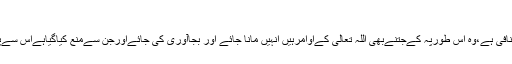
7- قبول:
جوکہ ردکےمنافی ہے،وہ اس طورپہ کےجتنےبھی اللہ تعالی کےاوامرہیں انہیں مانا جائے اور بجاآوری کی جائےاورجن سےمنع کیاگیاہےاس سےپرہیزکیاجائے۔